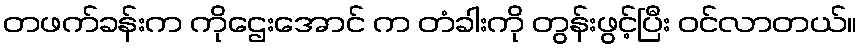
တဖက်ခန်းက ကိုဌေးအောင် က တံခါးကို တွန်းဖွင့်ပြီး ဝင်လာတယ်။